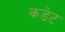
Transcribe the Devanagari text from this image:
कडेट